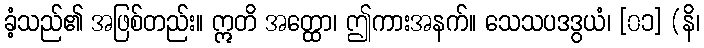
ခံ့သည်၏ အဖြစ်တည်း။ ဣတိ အတ္ထော၊ ဤကားအနက်။ သေသပဒဒွယံ၊ [၀၁] (နိ၊